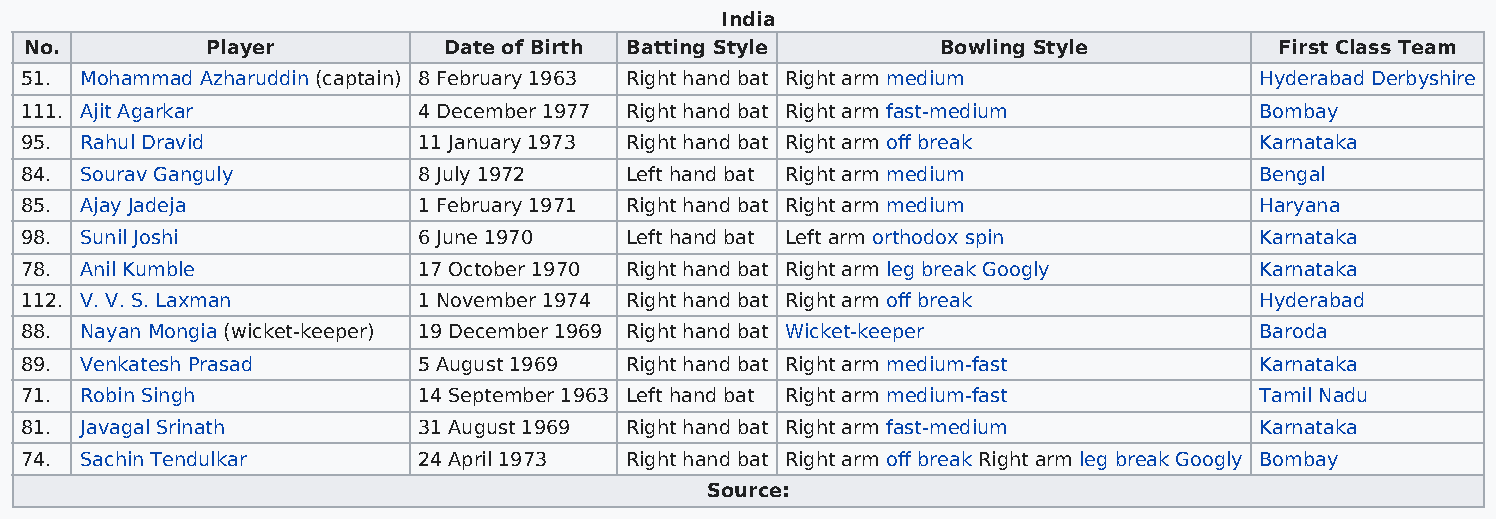
India
 No.         Player         Date of Birth Batting Style      Bowling Style          First Class Team
 51. Mohammad Azharuddin (captain) 8 February 1963 Right hand bat Right arm medium Hyderabad Derbyshire
 111. Ajit Agarkar          4 December 1977 Right hand bat Right arm fast-medium   Bombay
 95. Rahul Dravid           11 January 1973 Right hand bat Right arm off break     Karnataka
 84. Sourav Ganguly         8 July 1972  Left hand bat Right arm medium            Bengal
 85. Ajay Jadeja            1 February 1971 Right hand bat Right arm medium        Haryana
 98. Sunil Joshi            6 June 1970  Left hand bat Left arm orthodox spin      Karnataka
 78. Anil Kumble            17 October 1970 Right hand bat Right arm leg break Googly Karnataka
 112. V. V. S. Laxman       1 November 1974 Right hand bat Right arm off break     Hyderabad
 88. Nayan Mongia (wicket-keeper) 19 December 1969 Right hand bat Wicket-keeper    Baroda
 89. Venkatesh Prasad       5 August 1969 Right hand bat Right arm medium-fast     Karnataka
 71. Robin Singh            14 September 1963 Left hand bat Right arm medium-fast  Tamil Nadu
 81. Javagal Srinath        31 August 1969 Right hand bat Right arm fast-medium    Karnataka
 74. Sachin Tendulkar       24 April 1973 Right hand bat Right arm off break Right arm leg break Googly Bombay
 Source: